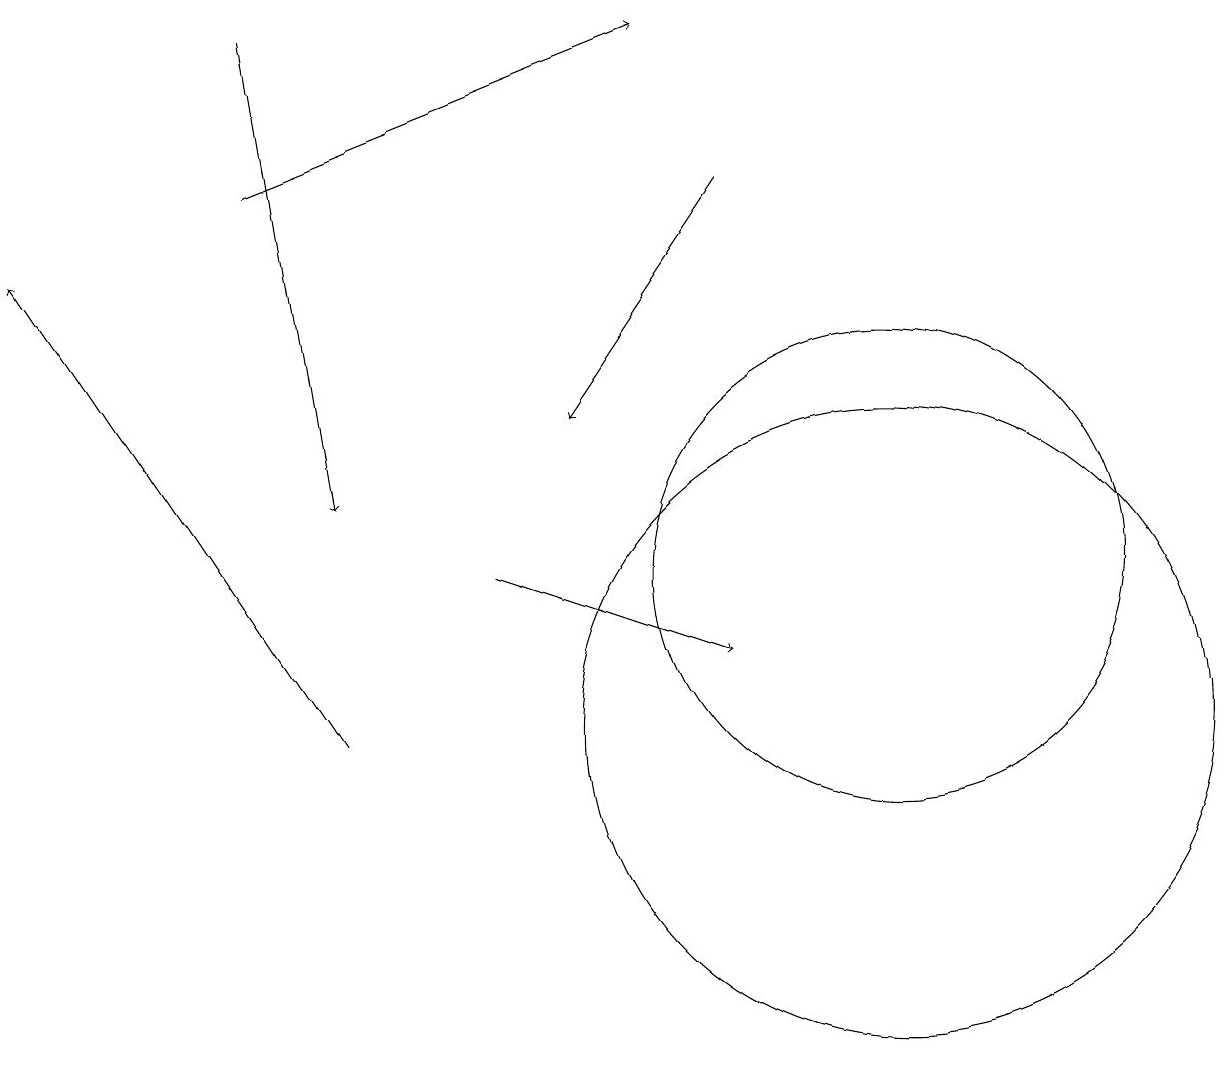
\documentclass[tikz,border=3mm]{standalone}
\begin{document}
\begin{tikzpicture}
\draw[->] (3,17) -- (8,19);
\draw (11,10) circle (4);
\draw[->] (4,10) -- (0,16);
\draw (11,12) circle (3);
\draw[->] (3,19) -- (4,13);
\draw[->] (9,17) -- (7,14);
\draw[->] (6,12) -- (9,11);
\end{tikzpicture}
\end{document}